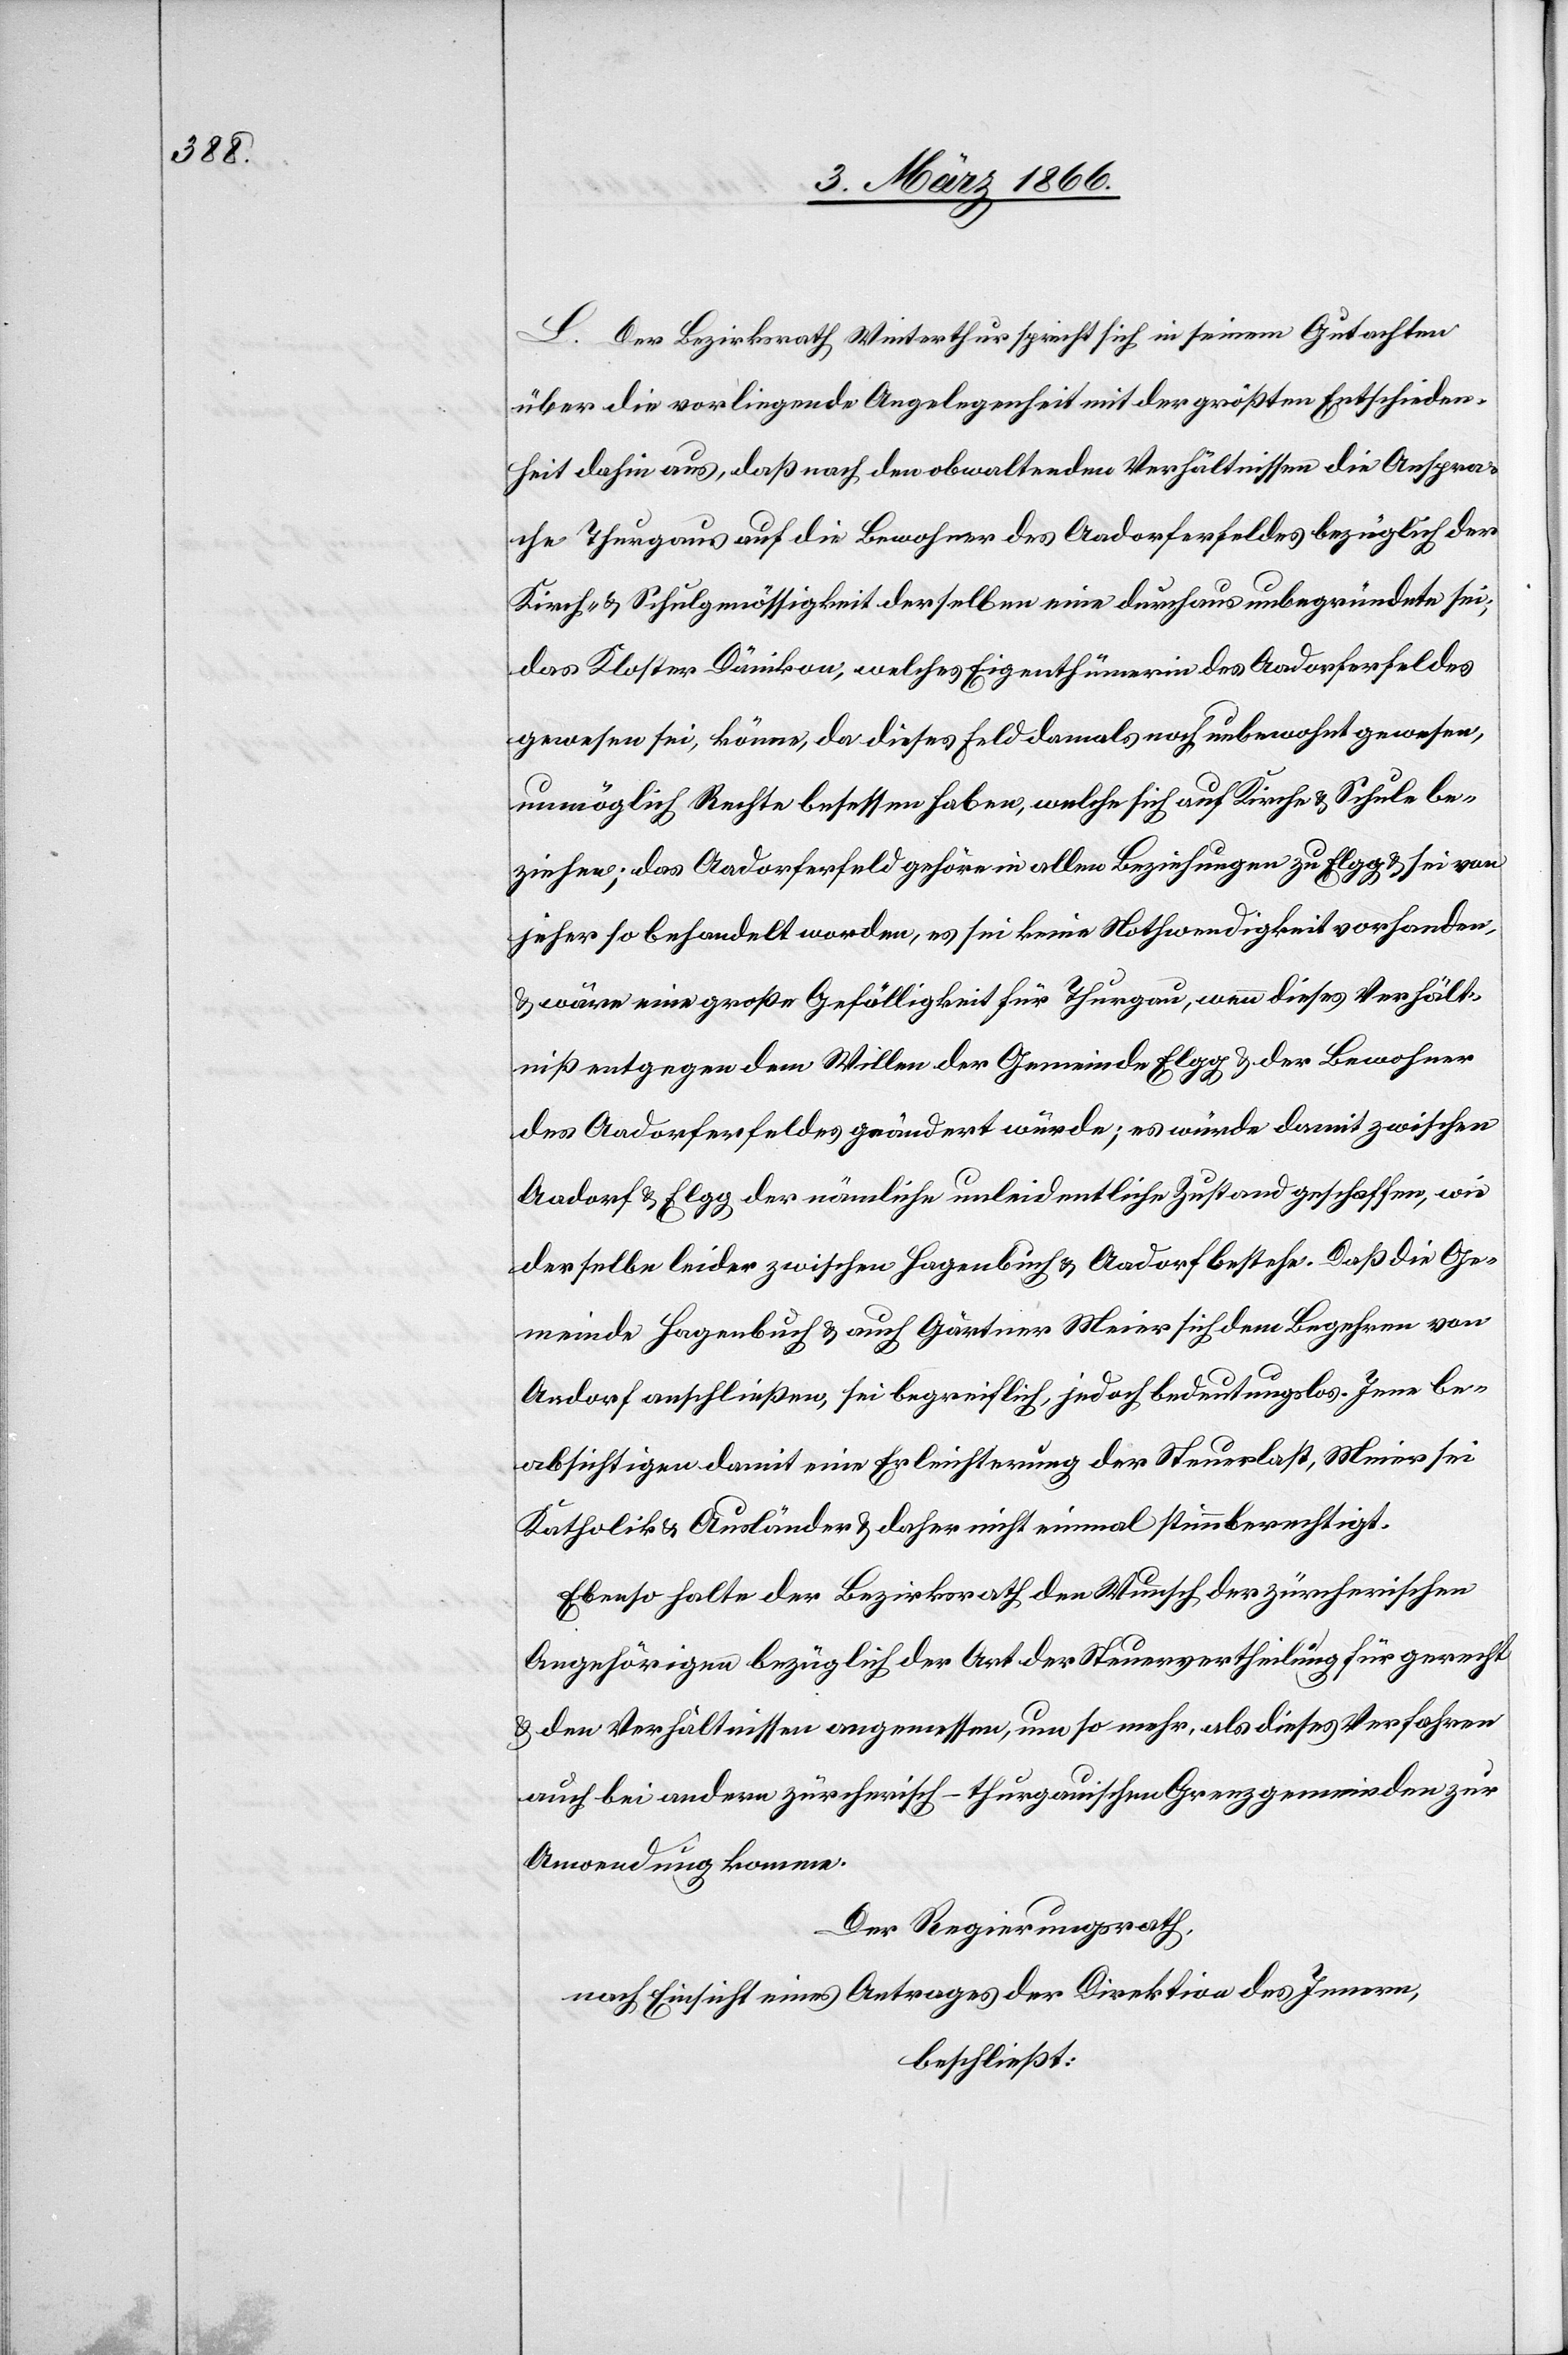
L. Der Bezirksrath Winterthur spricht sich in seinem Gutachten
über die vorliegende Angelegenheit mit der größten Entschieden¬
heit dahin aus, daß nach den obwaltenden Verhältnissen die Anspra¬
che Thurgaus auf die Bewohner des Aadorferfeldes bezüglich der
Kirch- u. Schulgenössigkeit derselben eine durchaus unbegründete sei;
das Kloster Danikon, welches Eigenthümerin des Aadorferfeldes
gewesen sei, könne da dieses Feld damals noch unbewohnt gewesen,
unmöglich Rechte besessen haben, welche sich auf Kirche- u. Schule be¬
ziehen; das Aadorferfeld gehöre in allen Beziehungen zu Elgg u. sei von
jeher so behandelt worden, es sei keine Nothwendigkeit vorhanden,
u. wäre eine große Gefälligkeit für Thurgau, wenn dieses Verhält¬
niß entgegen dem Willen der Gemeinde Elgg u. der Bewohner
des Aadorferfeldes geändert würde; es würde damit zwischen
Aadorf u. Elgg der nämliche unleidentliche Zustand geschaffen, wie
derselbe leider zwischen Hagenbuch u. Aadorf bestehe. Daß die Ge¬
meinde Hagenbuch u. auch Gärtner Meier sich dem Begehren von
Aadorf anschließen, sei begreiflich, jedoch bedeutungslos. Jene be¬
absichtigten damit eine Erleichterung der Steuerlast, Meier sei
Katholik u. Ausländer u. daher nicht einmal stimmberechtigt.
Ebenso halte der Bezirksrath den Wunsch der zürcherischen
Angehörigen bezüglich der Art der Steuervertheilung für gerecht
u. den Verhältnissen angemessen, um so mehr, als dieses Verfahren
auch bei andern zürcherisch-thurgauischen Grenzgemeinden zur
Anwendung komme.
Der Regierungsrath,
nach Einsicht eines Antrages der Direktion des Innern,
beschließt: